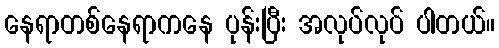
နေရာတစ်နေရာကနေ ပုန်းပြီး အလုပ်လုပ် ပါတယ်။